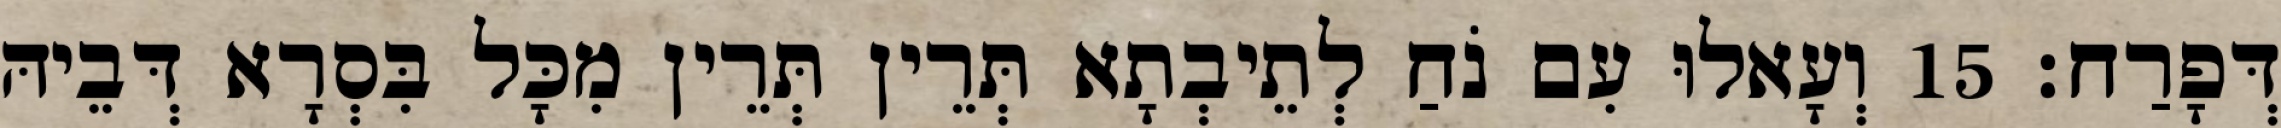
דְּפָרַח׃ 15 וְעָאלוּ עִם נֹחַ לְתֵיבְתָא תְּרֵין תְּרֵין מִכָּל בִּסְרָא דְּבֵיהּ